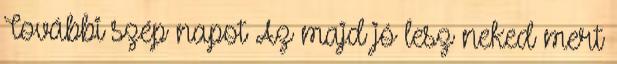
További szép napot Az majd jó lesz neked mert